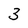
Character: 3